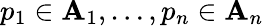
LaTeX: p_{1}\in\mathbf{A}_{1},\ldots,p_{n}\in\mathbf{A}_{n}